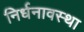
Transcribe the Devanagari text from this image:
निर्धनावस्था